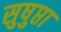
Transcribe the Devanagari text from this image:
सुषुप्ता